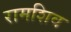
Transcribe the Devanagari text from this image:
रामशिव